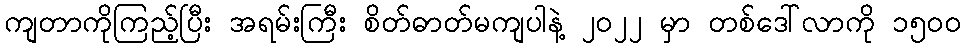
ကျတာကိုကြည့်ပြီး အရမ်းကြီး စိတ်ဓာတ်မကျပါနဲ့ ၂၀၂၂ မှာ တစ်ဒေါ်လာကို ၁၅၀ဝ